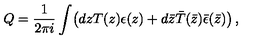
Q = \frac { 1 } { 2 \pi i } \int \! \left( d z T ( z ) \epsilon ( z ) + d \bar { z } \bar { T } ( \bar { z } ) \bar { \epsilon } ( \bar { z } ) \right) ,